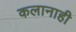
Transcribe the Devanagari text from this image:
कलानाही